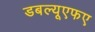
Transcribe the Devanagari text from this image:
डबल्यूएफए